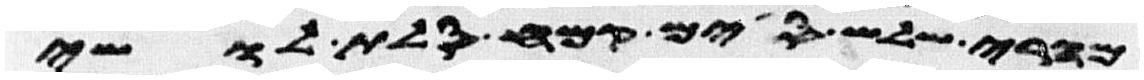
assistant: מהרי שלש סים קמח סלת לושי